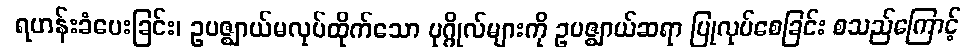
ရဟန်းခံပေးခြင်း၊ ဥပဇ္ဈာယ်မလုပ်ထိုက်သော ပုဂ္ဂိုလ်များကို ဥပဇ္ဈာယ်ဆရာ ပြုလုပ်စေခြင်း စသည်ကြောင့်